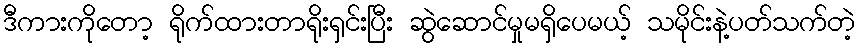
ဒီကားကိုတော့ ရိုက်ထားတာရိုးရှင်းပြီး ဆွဲဆောင်မှုမရှိပေမယ့် သမိုင်းနဲ့ပတ်သက်တဲ့